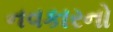
નવકારનો